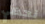
نحظي